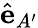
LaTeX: \hat{\mathbf{e}}_{A^{\prime}}